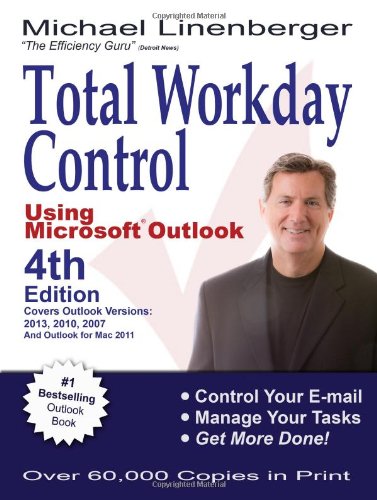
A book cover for Total Workday Control Using MicrosoftÂ®  Outlook; Michael Linenberger; Computers & Technology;